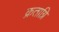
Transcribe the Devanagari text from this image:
क्रताग्नि